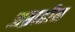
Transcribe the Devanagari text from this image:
अब्राहीम